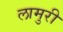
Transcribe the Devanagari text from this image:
लामुरी